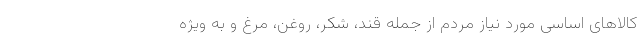
کالاهای اساسی مورد نیاز مردم از جمله قند، شکر، روغن، مرغ و به ویژه